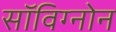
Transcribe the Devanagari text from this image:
सॉविग्नोन